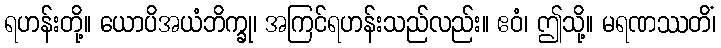
ရဟန်းတို့။ ယောပိအယံဘိက္ခု၊ အကြင်ရဟန်းသည်လည်း။ ဧဝံ၊ ဤသို့။ မရဏဿတိံ၊